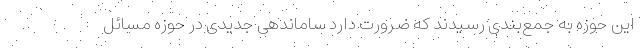
این حوزه به جمع‌بندی رسیدند که ضرورت دارد ساماندهی جدیدی در حوزه مسائل